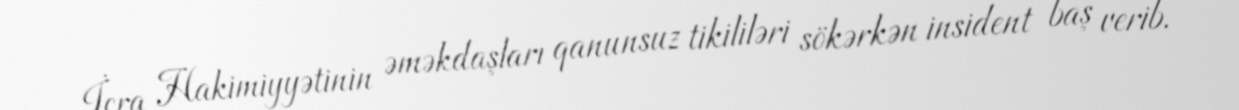
İcra Hakimiyyətinin əməkdaşları qanunsuz tikililəri sökərkən insident baş verib.